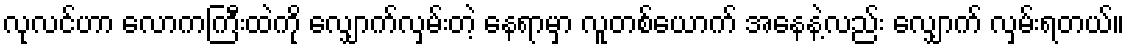
လုလင်ဟာ လောကကြီးထဲကို လျှောက်လှမ်းတဲ့ နေရာမှာ လူတစ်ယောက် အနေနဲ့လည်း လျှောက် လှမ်းရတယ်။